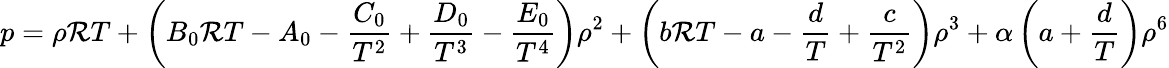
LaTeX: p=\rho\mathcal{R}T+\left(B_{0}\mathcal{R}T-A_{0}-{\frac{{C_{0}}}{{T^{2}}}}+{\frac{{D_{0}}}{{T^{3}}}}-{\frac{{E_{0}}}{{T^{4}}}}\right)\rho^{2}+\left(b\mathcal{R}T-a-{\frac{{d}}{{T}}}+{\frac{{c}}{{T^{2}}}}\right)\rho^{3}+\alpha\left(a+{\frac{{d}}{{T}}}\right)\rho^{6}